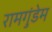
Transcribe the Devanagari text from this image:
रामगुंडेम